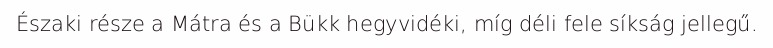
Északi része a Mátra és a Bükk hegyvidéki, míg déli fele síkság jellegű.